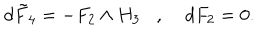
LaTeX: d \tilde { F } _ { 4 } = - F _ { 2 } \wedge H _ { 3 } , \; d F _ { 2 } = 0 .